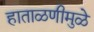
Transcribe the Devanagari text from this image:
हाताळणीमुळे